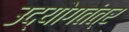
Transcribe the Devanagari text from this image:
उद्योगतंत्र